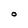
Character: O